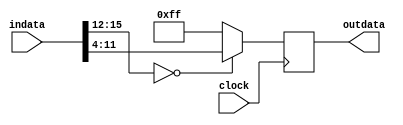
/**********************************************
______________                ______________
______________ \  /\  /|\  /| ______________
______________  \/  \/ | \/ | ______________
descript:
author : Young
Version: VERA.0.0
creaded: 2015/7/23 13:56:28
madified:2015/10/30 10:56:34
***********************************************/
`timescale 1ns/1ps
module flooring #(
	parameter	DSIZE		= 16,
	parameter	CSIZE		= 4,		//must smaller than DSIZE
	parameter	OSIZE		= 8,        //must not bigger than DSIZE-CSIZE
	parameter	SEQUENTIAL	= "TRUE"
)(
	input				clock	,
	input [DSIZE-1:0]	indata  ,
	output[OSIZE-1:0]	outdata  
);


reg [OSIZE-1:0]		result;
wire[OSIZE-1:0]		cm_result;

assign	cm_result	= (indata[DSIZE-1-:CSIZE] == {CSIZE{1'b0}})? indata[DSIZE-1-CSIZE-:OSIZE] : {OSIZE{1'b1}}; 

always@(posedge clock)
	result	<= cm_result;


assign	outdata	= (SEQUENTIAL == "TRUE")? result : (SEQUENTIAL == "FALSE")? cm_result : {OSIZE{1'b0}};

endmodule